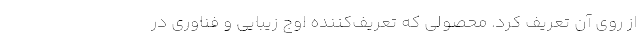
از روی آن تعریف کرد. محصولی که تعریف‌کننده اوج زیبایی و فناوری در